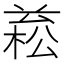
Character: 𣕙